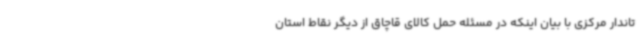
تاندار مرکزی با بیان اینکه در مسئله حمل کالای قاچاق از دیگر نقاط استان